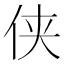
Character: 侠